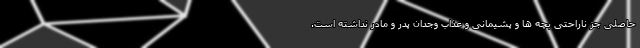
حاصلی جز ناراحتی بچه ها و پشیمانی و عذاب وجدان پدر و مادر نداشته است.